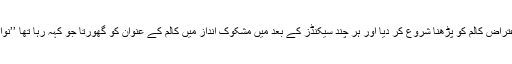
بندہ ناچیز نے فوری طور پر اس قابلِ اعتراض کالم کو پڑھنا شروع کر دیا اور ہر چند سیکنڈز کے بعد مَیں مشکوک انداز میں کالم کے عنوان کو گھورتا جو کہہ رہا تھا ’’نواز شریف ہندوئوں کے بھگوان ہو گئے‘‘۔